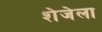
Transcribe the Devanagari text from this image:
शेजेला